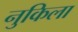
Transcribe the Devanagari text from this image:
नुकिला